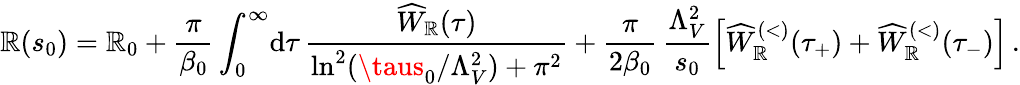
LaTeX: \mathbb{R}(s_{0})=\mathbb{R}_{0}+\frac{{\pi}}{{\beta_{0}}}\int_{0}^{\infty}\! \mathrm{{d}}\tau\, \frac{{\widehat{W}_{\mathbb{R}}(\tau)}}{{\ln^{2}(\taus_{0}/\Lambda_{V}^{2})+\pi^{2}}}+\frac{{\pi}}{{2\beta_{0}}}\, \frac{{\Lambda_{V}^{2}}}{{s_{0}}}\Big[\widehat{W}_{\mathbb{R}}^{(<)}(\tau_{+})+\widehat{W}_{\mathbb{R}}^{(<)}(\tau_{-})\Big]\, .